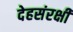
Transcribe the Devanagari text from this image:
देहसंरक्षी